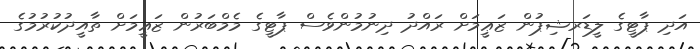
އަދި ޕާޓީގެ ލީޑަރޝިޕުން ޒަޢީމަށް ރައްދު ދިނުމުންވެސް ޕާޓީގެ މެމްބަރުން ޒަޢީމަށް ތާއީދުކުރުމުގެ